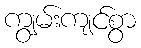
ကျွမ်းကျင်စွာ